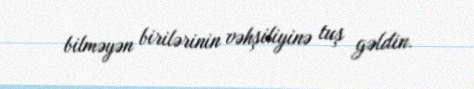
bilməyən birilərinin vəhşiliyinə tuş gəldin.